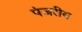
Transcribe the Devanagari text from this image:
पंजरीय